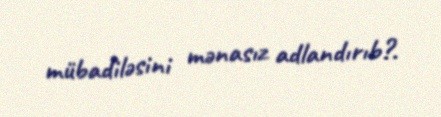
mübadiləsini mənasız adlandırıb?.